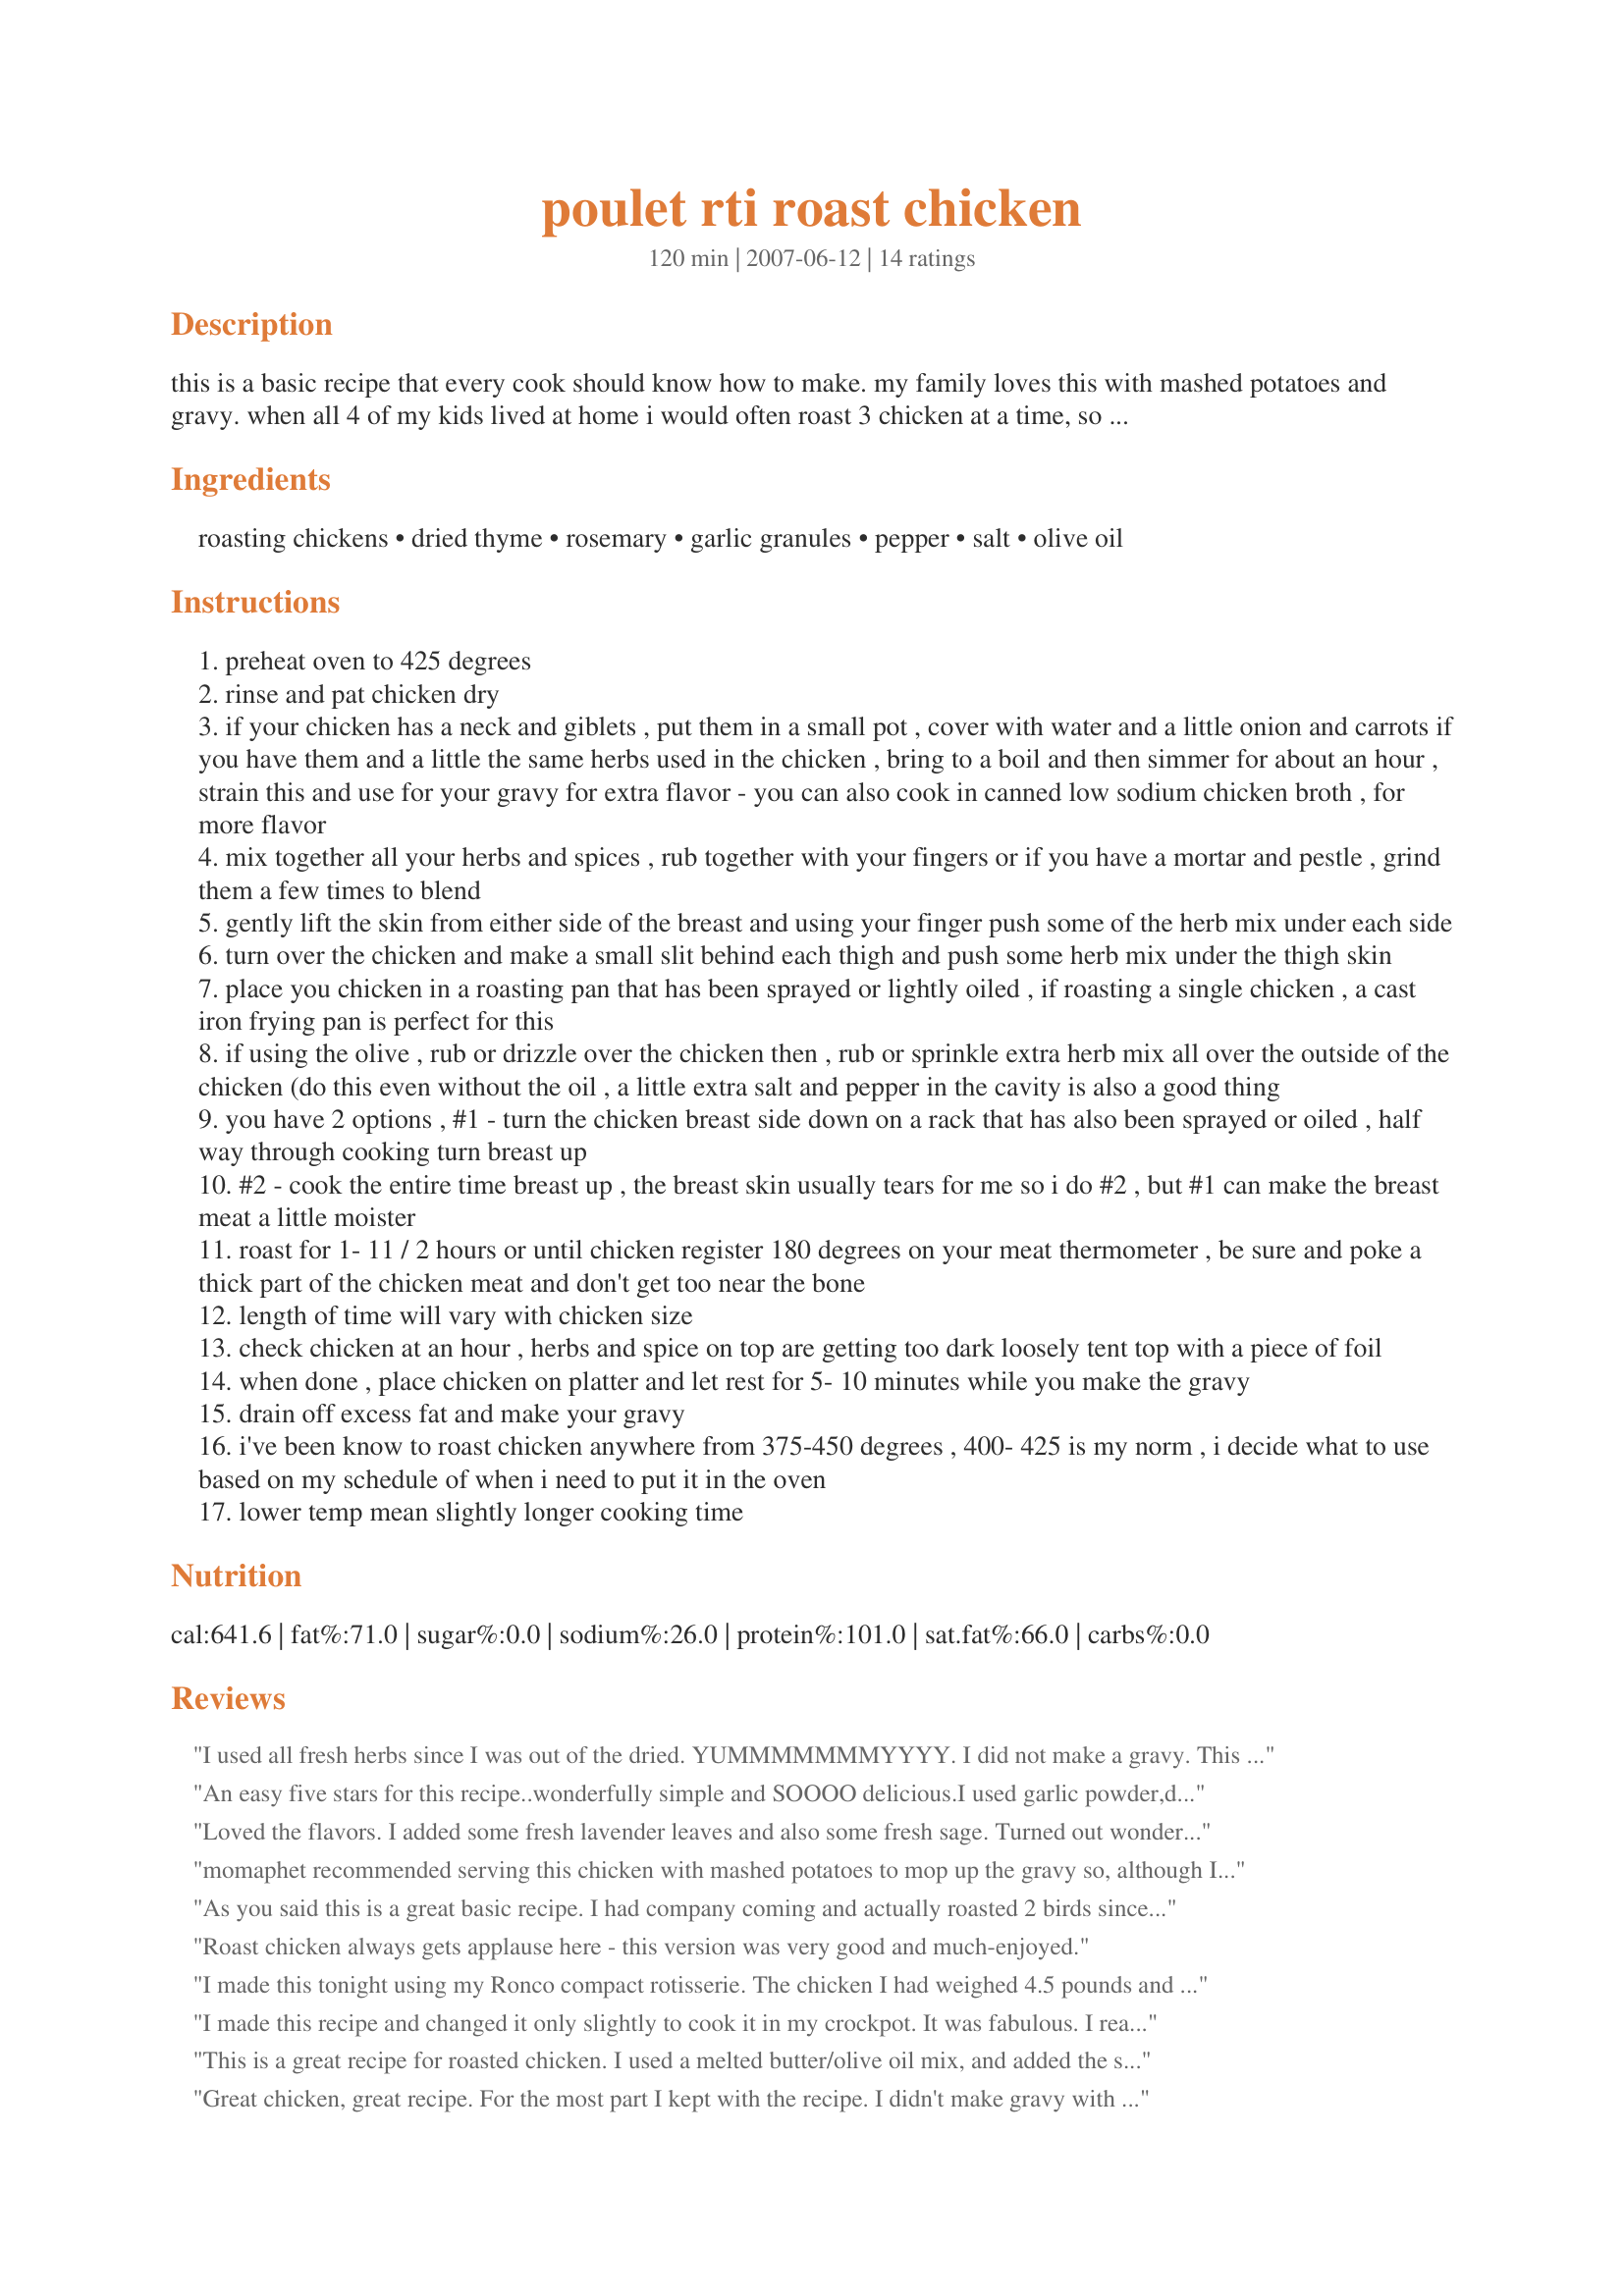
poulet rti roast chicken
Preparation time: 120 minutes

this is a basic recipe that every cook should know how to make. my family loves this with mashed potatoes and gravy. when all 4 of my kids lived at home i would often roast 3 chicken at a time, so there would be leftovers for chicken pie, sandwiches, or ceasar salad. try different combinations or amounts of the herbs and spices, we tend to like our food highly seasoned.

Ingredients:
roasting chickens, dried thyme, rosemary, garlic granules, pepper, salt, olive oil

Steps:
preheat oven to 425 degrees
rinse and pat chicken dry
if your chicken has a neck and giblets , put them in a small pot , cover with water and a little onion and carrots if you have them and a little the same herbs used in the chicken , bring to a boil and then simmer for about an hour , strain this and use for your gravy for extra flavor - you can also cook in canned low sodium chicken broth , for more flavor
mix together all your herbs and spices , rub together with your fingers or if you have a mortar and pestle , grind them a few times to blend
gently lift the skin from either side of the breast and using your finger push some of the herb mix under each side
turn over the chicken and make a small slit behind each thigh and push some herb mix under the thigh skin
place you chicken in a roasting pan that has been sprayed or lightly oiled , if roasting a single chicken , a cast iron frying pan is perfect for this
if using the olive , rub or drizzle over the chicken then , rub or sprinkle extra herb mix all over the outside of the chicken (do this even without the oil , a little extra salt and pepper in the cavity is also a good thing
you have 2 options , #1 - turn the chicken breast side down on a rack that has also been sprayed or oiled , half way through cooking turn breast up
#2 - cook the entire time breast up , the breast skin usually tears for me so i do #2 , but #1 can make the breast meat a little moister
roast for 1- 11 / 2 hours or until chicken register 180 degrees on your meat thermometer , be sure and poke a thick part of the chicken meat and don't get too near the bone
length of time will vary with chicken size
check chicken at an hour , herbs and spice on top are getting too dark loosely tent top with a piece of foil
when done , place chicken on platter and let rest for 5- 10 minutes while you make the gravy
drain off excess fat and make your gravy
i've been know to roast chicken anywhere from 375-450 degrees , 400- 425 is my norm , i decide what to use based on my schedule of when i need to put it in the oven
lower temp mean slightly longer cooking time

Reviews:
I used all fresh herbs since I was out of the dried.
YUMMMMMMMYYYY.
I did not make a gravy.
This will be made again and again
Made for PAC Fall 2009.
An easy five stars for this recipe..wonderfully simple and SOOOO delicious.<br/>I used garlic powder,dried thyme and fresh rosemary and the flavours were fantastic!!<br/>The chicken was moist and juicy, and the skin so crisp and more than a little addictive (nobody else got a look in-cooks perk I guess!!).<br/>I served this with roasted veggies,potatoes and gravy and the entire family demolished it with gusto. I even cooked another one a few days later,which we stuffed straight from the oven into some wholemeal pitta breads with some salad leaves,tomato and mayo-heavenly!!<br/>This is a GREAT chicken recipe-I am so glad that I found it....thanks momaphet x<br/>Made for PRMR.<br/>Th
Loved the flavors. I added some fresh lavender leaves and also some fresh sage. Turned out wonderful the only thing I would change next time is the oven temp. For my oven it was a little too hot. I served it with fried potatoes and Recipe#240824. Made for ZWT5 Thanks for this delicious recipe!
momaphet recommended serving this chicken with mashed potatoes to mop up the gravy so, although I've never been a huge fan of gravy and had to hunt out a recipe, that's what I did and I really think I might now I'll be making gravy more often. ;) We greatly enjoyed this flavoursome and moist chicken with Recipe #169957 and my Recipe #159516. As for the chicken itself, I loved the use of herbs and did add two more: oregano and sage. A great combination which really gave the chicken a wonderful flavour. I used fresh garlic which (as I usually do!) I doubled and minced and mixed in with the herbs. I used the olive oil and in step nine went with option #1. We SO enjoyed this for dinner several nights ago and what we didn't eat then, we thoroughly enjoyed with baby spinach leaves in the most delicious chicken sandwiches. YUM! A basic recipe yes, but for Zaar chefs so spoiled for choice, it's all too easy easy to neglect the basic recipes. Thank you so much, momaphet, for sharing this delightfully yummy basic recipe! Made for PRMR.
As you said this is a great basic recipe. I had company coming and actually roasted 2 birds since I also rely on the leftovers. The drippings made a great gravy and I plan on boiling down the carcasses and expect a flavorful stock as well. I think it took longer than expected but I had the birds side-by-side so that may have been the reason. (Chickens alway seem to take forever to roast for me!) This was the first time I really used the technique of rubbing the seasonings under the skin. I think it is worth it... especially since I would like to avoid the extra calories of the skin. I used the larger amount of spices but made it stretch for the two birds. I used option 1 of flipping the birds over. My MIL always swore by cooking the bird breast-down but then you don't get the crispy skin so I think this is a great compromise.
Roast chicken always gets applause here - this version was very good and much-enjoyed.
I made this tonight using my Ronco compact rotisserie. The chicken I had weighed 4.5 pounds and only took 1 hour 20 minutes in the rotisserie. My dinner guest enjoyed the combination of herbs and spices used. Between the 6 of us, we licked the platter clean! Since I used a different method to cook the chicken, I did not have any drippings to make a gravy. Made for ZWT - Switzerland
I made this recipe and changed it only slightly to cook it in my crockpot. It was fabulous. I really loved the spice blends, making the chicken full of flavor. Your directions were perfect. I love the suggestion for gravy, although I didn't make it this time. My whole family loved this moist and flavorful roast chicken. Made for France - ZWT8 A French Love Affair Challenge. Merci!
This is a great recipe for roasted chicken. I used a melted butter/olive oil mix, and added the spices called for to it, adding fresh and rubbed sage for personal preference. Using a pastry brush, I brushed the outside of the chicken generously and used my fingers to get the seasoning under the skin of the bird. Step #6 was optional and so left it out. Step #9 I chose option #2 as this is how we do it here traditionally. This recipe is very well written with lots of detailed instruction for the beginner cook and experienced cooks will thank you for the great flavor your spice blend offers.
Great chicken, great recipe. For the most part I kept with the recipe. I didn't make gravy with the giblets, because I'm not fond of giblet gravy. I used the olive oil to rub into the skin, and I don't think I would consider it optional! I used garlic powder, dried thyme from the garden and fresh rosemary from the garden. My only complaint was that my chicken cooked in about an hour, an hour before I had the rest of dinner ready to go! LOL So my chicken got a nice long rest under some foil, thank goodness for thermometers. After I started slicing the breast meat, I snitched the piece coated in all the yummy herbs for myself. :) Nummy, and so was the thigh meat, as promised. Thank you so much for sharing, hon! Made for ZWT5, for the Groovy GastroGnomes.
What a yummy recipe for chicken. Mine came out moist and tender and the flavor from the herbs was just delicious.
I did lower the oven temp to 400 but made as written.
Thank you for posting. Made for the Dining Daredevils Team for ZWT5.
Very good and easy to make. I followed the recipe as written. We all enjoyed this.
I changed this up a bit...used the ingredients listed, but also added some herbes de provence mixed with butter. Spread this under the skin and tossed some sliced potatoes and garlic under the roasting rack to absorb the drippings from the chicken. This was amazing. I'll butterfly the chicken next time to cut the cooking time, and also spread the wonderful drippings all over the roasting pan and potatoes. Delicious Sunday dinner for us. Thanks for sharing! Made for ZWT.
Delicious! Delicious! The meat was so moist and packed full of yummy goodness...I used all dried spices with the exception of the garlic...I omitted the olive oil but the skin still came out nice and crispy...what a keeper...thanks for posting. :) Happy I have leftovers for up coming goodness...I decided to keep the dripping for our DOGS...they were doing the happy dance at dinner time...Thanks for posting...:)
